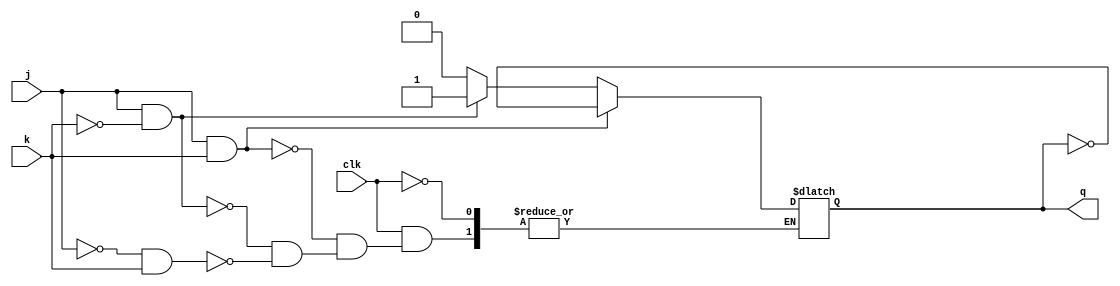
module jk_latch2
(
	input j,
	input k,
	input clk,
   output reg q
);

  always @(clk or j or k) 
  if(clk)
	begin
	if (j && k) q <=  ~ q;
	else if (j && ~k) q <= 1;
	else if (~j && k) q <= 0;
	end
endmodule